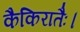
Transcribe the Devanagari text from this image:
कैकिरातैः।